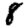
Digit: 8